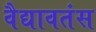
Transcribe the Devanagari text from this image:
वैद्यावतंस